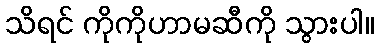
သိရင် ကိုကိုဟာမဆီကို သွားပါ။